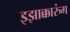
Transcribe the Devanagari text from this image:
इझाक्कारुंग